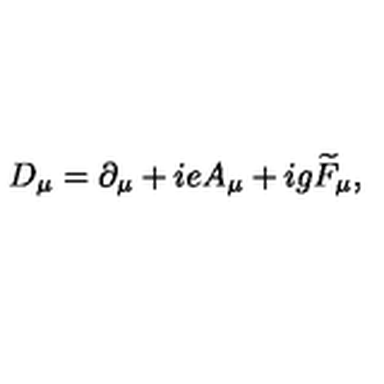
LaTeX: D _ { \mu } = \partial _ { \mu } + i e A _ { \mu } + i g \widetilde { F } _ { \mu } ,